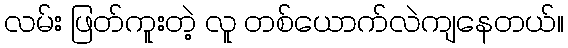
လမ်း ဖြတ်ကူးတဲ့ လူ တစ်ယောက်လဲကျနေတယ်။